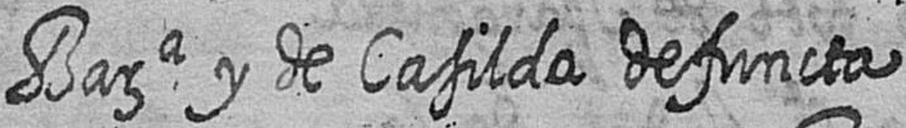
Bara y de Casilda defuncta